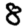
Digit: 8